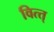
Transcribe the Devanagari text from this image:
वित्त्